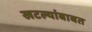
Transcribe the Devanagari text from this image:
खटल्यांबाबत